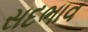
સદભાવ